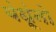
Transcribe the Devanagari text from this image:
बंधूंनो